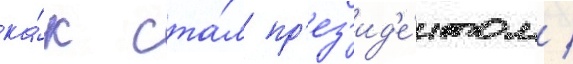
ка́к ста́л пр'ез'ид'е́нтом /